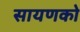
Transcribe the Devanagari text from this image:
सायणको